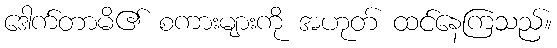
ဒေါက်တာမိ၏ စကားများကို အဟုတ် ထင်နေကြသည်။